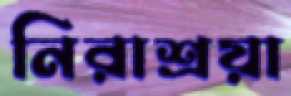
নিরাশ্রয়া